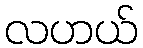
လဟယ်